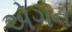
એગન